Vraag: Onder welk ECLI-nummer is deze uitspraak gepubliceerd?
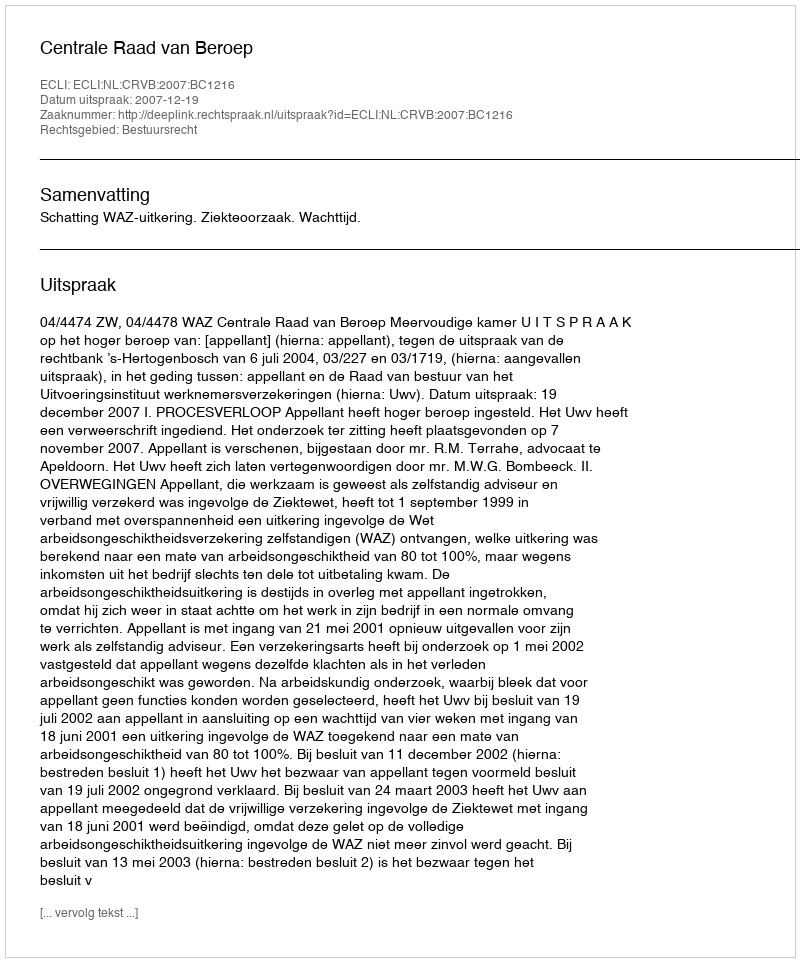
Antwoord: ECLI:NL:CRVB:2007:BC1216